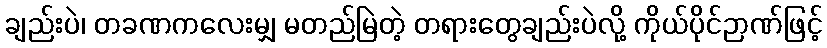
ချည်းပဲ၊ တခဏကလေးမျှ မတည်မြဲတဲ့ တရားတွေချည်းပဲလို့ ကိုယ်ပိုင်ဉာဏ်ဖြင့်